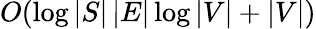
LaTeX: O(\log|S|\, |E|\log|V|+|V|)